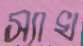
স্যাখ